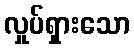
လှုပ်ရှားသော